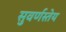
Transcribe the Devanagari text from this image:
सुवर्णस्तेय